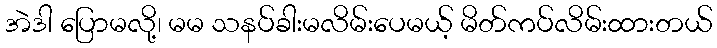
အဲဒါ ပြောမလို့၊ မမ သနပ်ခါးမလိမ်းပေမယ့် မိတ်ကပ်လိမ်းထားတယ်